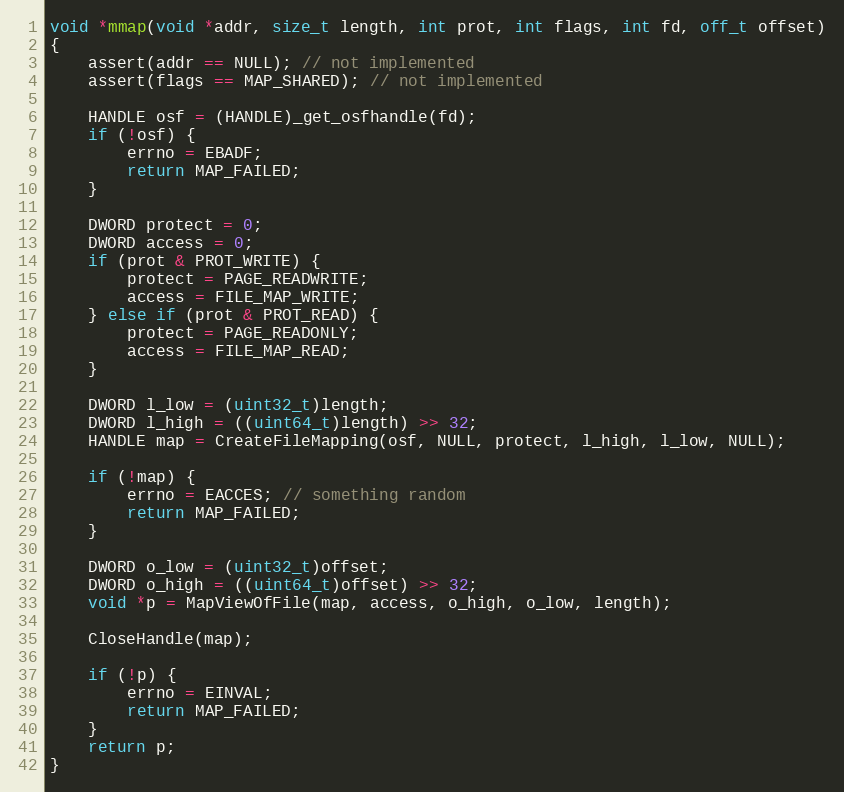
Language: C
void *mmap(void *addr, size_t length, int prot, int flags, int fd, off_t offset)
{
    assert(addr == NULL); // not implemented
    assert(flags == MAP_SHARED); // not implemented

    HANDLE osf = (HANDLE)_get_osfhandle(fd);
    if (!osf) {
        errno = EBADF;
        return MAP_FAILED;
    }

    DWORD protect = 0;
    DWORD access = 0;
    if (prot & PROT_WRITE) {
        protect = PAGE_READWRITE;
        access = FILE_MAP_WRITE;
    } else if (prot & PROT_READ) {
        protect = PAGE_READONLY;
        access = FILE_MAP_READ;
    }

    DWORD l_low = (uint32_t)length;
    DWORD l_high = ((uint64_t)length) >> 32;
    HANDLE map = CreateFileMapping(osf, NULL, protect, l_high, l_low, NULL);

    if (!map) {
        errno = EACCES; // something random
        return MAP_FAILED;
    }

    DWORD o_low = (uint32_t)offset;
    DWORD o_high = ((uint64_t)offset) >> 32;
    void *p = MapViewOfFile(map, access, o_high, o_low, length);

    CloseHandle(map);

    if (!p) {
        errno = EINVAL;
        return MAP_FAILED;
    }
    return p;
}